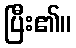
ပြီး၏။